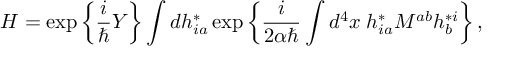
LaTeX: H = \exp \left\{ \frac { i } { \hbar } Y \right\} \int d h _ { i a } ^ { * } \exp \left\{ \frac { i } { 2 \alpha \hbar } \int d ^ { 4 } x \; h _ { i a } ^ { * } { \cal M } ^ { a b } h _ { b } ^ { * i } \right\} ,